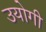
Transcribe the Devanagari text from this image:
उयोगी